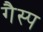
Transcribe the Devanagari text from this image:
गैस्प